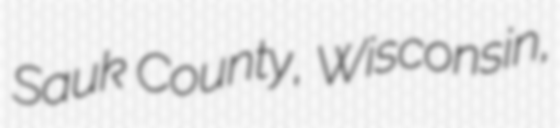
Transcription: Sauk County, Wisconsin,